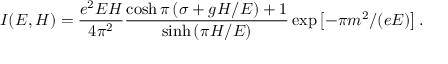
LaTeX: I ( E , H ) = \frac { e ^ { 2 } E H } { 4 \pi ^ { 2 } } \frac { \cosh \pi \left( \sigma + g H / E \right) + 1 } { \sinh \left( \pi H / E \right) } \exp \left[ - \pi m ^ { 2 } / ( e E ) \right] .